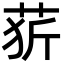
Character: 䓄